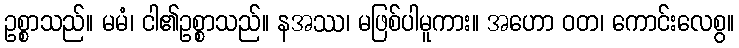
ဥစ္စာသည်။ မမံ၊ ငါ၏ဥစ္စာသည်။ နအဿ၊ မဖြစ်ပါမူကား။ အဟော ဝတ၊ ကောင်းလေစွ။